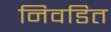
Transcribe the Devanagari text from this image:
निवडित